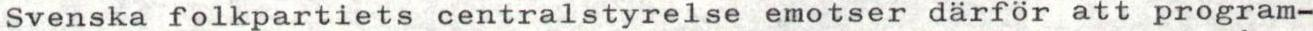
Svenska folkpartiets centralstyrelse emotser därför att program-